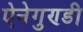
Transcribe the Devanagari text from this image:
ऐनेगुण्डी